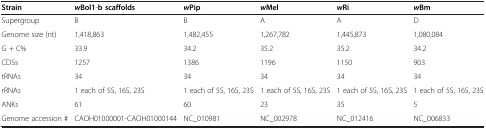
<table><thead><tr><td><b>Strain</b></td><td><b><i>w</i>Bol1-b scaffolds</b></td><td><b><i>w</i>Pip</b></td><td><b><i>w</i>Mel</b></td><td><b><i>w</i>Ri</b></td><td><b><i>w</i>Bm</b></td></tr></thead><tbody><tr><td>Supergroup</td><td>B</td><td>B</td><td>A</td><td>A</td><td>D</td></tr><tr><td>Genome size (nt)</td><td>1,418,863</td><td>1,482,455</td><td>1,267,782</td><td>1,445,873</td><td>1,080,084</td></tr><tr><td>G + C%</td><td>33.9</td><td>34.2</td><td>35.2</td><td>35.2</td><td>34.2</td></tr><tr><td>CDSs</td><td>1257</td><td>1386</td><td>1196</td><td>1150</td><td>903</td></tr><tr><td>tRNAs</td><td>34</td><td>34</td><td>34</td><td>34</td><td>34</td></tr><tr><td>rRNAs</td><td>1 each of 5S, 16S, 23S</td><td>1 each of 5S, 16S, 23S</td><td>1 each of 5S, 16S, 23S</td><td>1 each of 5S, 16S, 23S</td><td>1 each of 5S, 16S, 23S</td></tr><tr><td>ANKs</td><td>61</td><td>60</td><td>23</td><td>35</td><td>5</td></tr><tr><td>Genome accession #</td><td>CAOH01000001-CAOH01000144</td><td>NC_010981</td><td>NC_002978</td><td>NC_012416</td><td>NC_006833</td></tr></tbody></table>